Vaccination in the Punjab 1883-1896 - 1883-1896
Year: 1883
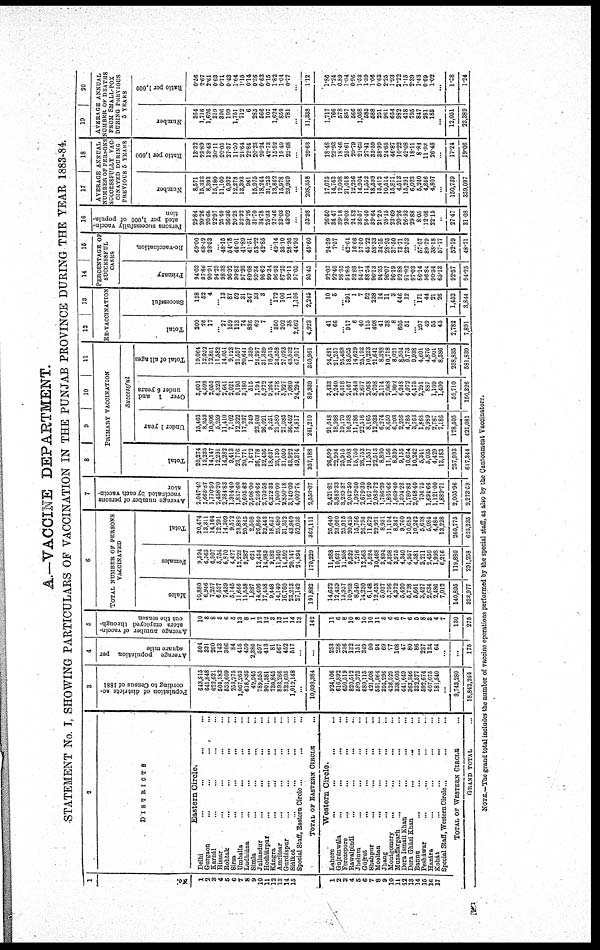
A.—VACCINE DEPARTMENT.
STATEMENT No. I, SHOWING PARTICULARS OF VACCINATION IN THE PUNJAB PROVINCE DURING THE YEAR 1883-84.
1
No.
1
2
3
4
5
6
7
8
9
10
11
12
13
14
15
1
2
3
4
5
6
7
8
9
10
11
12
13
14
15
16
17
2
DISTRICTS
Eastern Circle.
Delhi ... ... ... ...
Gurgaon ... ... ... ...
Karnál ... ... ... ...
Hissar ... ... ... ...
Rohtak ... ... ... ...
Sirsa ... ... ... ...
Umballa
...
...
...
...
Ludhiána
...
...
...
...
Simla ... ... ... ...
Jullundur ... ... ... ...
Hoshiárpur
...
...
...
...
Kángra
...
...
...
...
Amritsar
...
...
...
...
Gurdáspur ... ... ... ...
Siálkot ... ... ... ...
Special Staff, Eastern Circle ... ... ...
TOTAL OF EASTERN CIRCLE ...
Western Circle.
Lahore
...
...
...
...
Gùjránwala
...
...
...
...
Ferozepore
...
...
...
...
Rawalpindi
...
...
...
...
Jhelum ... ... ... ...
Gujrat ... ... ... ...
Shahpur ... ... ... ...
Mooltan
...
...
...
...
Jhang ... ... ... ...
Montgomery ... ... ... ...
Muzaffargarh ... ... ... ...
Dera Ismail Khan
...
...
...
...
Dera Gházi Khan ... ... ... ...
Bannu ... ... ... ...
Pesháwar ... ... ... ...
Hazára ... ... ... ...
Kohát ... ... ... ...
Special Staff, Western Circle ... ... ...
TOTAL OF WESTERN CIRCLE ...
GRAND TOTAL ...
3
Population of districts ac-
cording to Census of 1881
643,515
641,848
622,621
504,183
553,609
253,275
1,067,263
618,835
42,945
789,555
901,381
730,845
893,266
823,695
1,012,148
...
10,098,984
924,106
616,892
650,519
820,512
589,373
689,115
421,508
551,964
395,296
426,529
338,605
441,649
363,346
832,577
592,674
407,075
181,540
...
8,743,280
18,842,264
4
Average population per
square mile
504
331
260
143
306
84
415
450
2,386
597
413
81
567
452
517
...
...
253
238
236
132
151
349
90
94
69
77
108
47
80
86
237
134
64
...
...
175
5
Average number of vaccin¬
ators employed through-
out the season
10
8
8
5
6
5
13
8
1
12
12
3
13
11
14
13
142
11
6
8
10
8
10
10
11
5
6
5
7
6
5
8
3
4
7
130
275
6
TOTAL NUMBER OF PERSONS
VACCINATED
Males
10,880
6,946
7,257
6,537
7,439
5,145
11,666
11,558
1,887
14,406
17,458
9,448
14,140
16,760
23,213
27,142
191,882
14,652
12,439
13,957
10,903
8,540
14,230
6,148
12,453
5,037
5,796
4,372
5,420
5,728
5,661
3,427
2,634
2,486
7,012
140,895
333,977
Females
9,594
6,365
6,907
5,754
6,870
4,427
12,223
9,287
621
12,434
14,985
9,189
11,340
14,592
20,747
24,894
170,229
11,988
10,621
11,958
9,522
7,216
12,563
5,524
10,468
3,894
5,398
3,975
4,340
4,957
4,581
2,211
2,450
1,998
6,216
119,880
291,258
Total
20,474
13,311
14,164
12,291
14,309
9,572
23,889
20,845
2,508
26,840
32,443
18,637
25,480
31,352
43,960
52,036
362,111
26,640
23,060
25,915
20,425
15,756
26,793
11,672
22,921
8,931
11,194
8,347
9,760
10,685
10,242
5,638
5,084
4,484
13,228
260,775
625,235
7
Average number of persons
vaccinated by each vaccin¬
ator
2,047.40
1,663.87
1,770.50
2,458.20
2,384.83
1,914.40
1,837.60
2,605.62
2,508.00
2,236.66
2,703.58
6,212.33
1,960.00
2,850.18
3,140.00
4,002.74
2,550.07
2,421.81
3,843.33
3,239.37
2,042.50
1,969.50
2,679.30
1,167.20
2,083.72
1,786.20
1,865.66
1,669.40
1,394.28
1,780.83
2,048.40
704.75
1,694.66
1,121.00
1,889.71
2,005.96
2,273.59
8
9 10 11
PRIMARY VACCINATION
Total
20,274
13,235
14,147
12,291
14,282
9,413
23,776
20,771
1,672
26,778
32,436
18,637
25,130
31,050
43,922
49,374
357,188
26,599
22,994
25,915
19,508
15,750
26,753
11,557
22,513
8,890
11,156
8,339
9,155
10,634
10,242
5,341
5,035
4,429
13,183
257,993
617,344
Successful
Under 1 year
15,463
8,353
10,806
5,259
11,410
7,102
12,322
17,237
249
23,803
26,021
9,251
21,580
21,035
36,452
14,817
241,210
21,018
18,938
19,170
16,338
11,786
22,516
8,165
12,933
6,274
8,650
6,003
2,256
4,785
3,763
1,868
3,989
2,787
7,186
178,505
421,081
Over 1 and
under 6 years
3,601
4,599
2,055
6,323
2,641
2,021
9,195
3,180
515
1,194
5,272
9,264
2,778
5,927
7,080
24,294
89,939
3,433
2,240
6,318
2,167
2,843
2,677
2,068
8,708
2,114
2,068
1,992
6,248
4,972
6,175
2,291
887
1,109
1,400
59,710
150,326
Total of all ages
19,064
12,952
12,861
11,582
14,051
9,123
21,597
20,641
1,339
24,997
31,339
18,515
24,358
27,093
43,532
47,917
340,961
24,481
21,257
25,488
18,505
14,629
25,193
10,233
21,641
8,388
10,718
8,021
8,504
9,775
9,938
4,601
4,876
4,001
8,586
238,835
581,839
12
13
RE-VACCINATION
Total
200
76
17
... 27
159
113
74
836
62
7
... 850
302
38
2,662
4,923
41
66
... 917
6
40
115
408
41
38
8
605
51
... 297
49
55
45
2,782
7,891
Successful
138
52
4
... 13
87
52
31
347
33
3
... 172
106
11
1,196
2,245
10
5
... 391
1
7
52
238
14
11
3
446
12
... 171
44
21
26
1,452
3,844
14
15
PERCENTAGE OF
SUCCESSFUL
CASES
Primary
94.03
97.86
90.91
94.23
98.38
96.92
90.83
97.93
80.08
93.34
96.62
99.34
96.93
87.25
99.11
97.05
95.45
92.03
92.40
98.35
91.85
92.88
94.17
88.54
96.13
94.35
96.07
96.19
92.88
91.92
97.03
86.14
96.84
90.34
65.13
92.57
94.25
Re-vaccination.
69.00
68.42
23.53
... 48.15
54.78
46.01
41.89
41.51
53.22
42.85
... 49.14
35.10
28.95
44.93
45.60
24.39
7.57
... 42.64
16.66
17.50
45.22
58.33
34.15
28.95
37.50
73.71
23.53
... 57.57
89.79
38.18
57.77
52.19
48.71
16
Persons successfully vaccin-
ated per 1,000 of popula-
tion
29.84
20.26
20.66
22.97
25.40
36.36
20.28
32.92
39.26
31.70
34.78
25.33
27.46
33.03
43.02
...
33.98
26.50
34.47
39.18
23.03
24.82
36.57
24.40
39.64
21.25
25.15
23.69
20.26
26.93
29.88
8.05
12.08
22.15
...
27.47
31.08
17
18
AVERAGE ANNUAL
NUMBER OP PERSONS
SUCCESSFULLY VAC
CINATED DURING
PREVIOUS 5 YEARS
Number
8,571
15,333
8,393
15,180
11,100
6,932
12,278
13,393
981
15,975
18,244
31,233
13,862
15,978
23,969
...
208,358
17,075
14,763
12,008
21,018
12,256
14,904
11,552
18,539
15,412
10,514
15,871
4,513
15,291
6,023
5,240
4,856
4,807
...
150,739
359,097
Ratio per 1,000
13.32
23.89
13.48
30.11
20.05
27.37
11.50
21.64
22.84
20.23
20.24
42.73
15.52
19.40
23.68
...
20.63
18.48
23.93
18.46
25.61
20.79
21.63
27.41
33.59
38.99
24.65
46.87
10.22
42.08
18.11
8.84
11.93
26.48
...
17.24
19.06
19
20
AVERAGE ANNUAL
NUMBER OF DEATHS
FROM SMALL-POX
DURING PREVIOUS
5 YEARS
Number
364
1,716
1,626
319
396
109
1,751
712
6
285
566
107
1,624
859
781
...
11,338
1,717
766
578
857
566
1,058
585
588
251
961
654
982
418
795
847
281
185
...
12,051
23,389
Ratio per 1,000
0.56
2.67
2.61
0.63
0.71
0.43
1.64
1.15
0.14
0.36
0.63
0.15
1.82
1.04
0.77
...
1.12
1.86
1.24
0.89
1.04
0.96
1.53
1.39
1.06
0.63
2.25
1.93
2.22
1.15
2.39
1.43
0.69
1.02
...
1.38
1.24
NOTE.—The grand total includes the number of vaccine operations performed by the special staff, as also by the Cantonment Vaccinators.